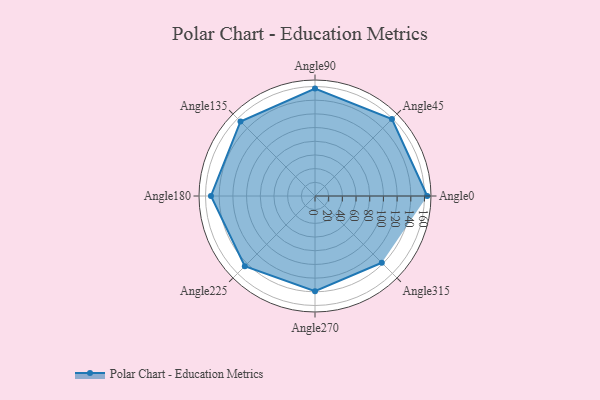
{"axis": {"x": "Angle", "y": "Radius"}, "legend": [""], "data": [{"x": "Angle0", "y": 164.0, "type": ""}, {"x": "Angle45", "y": 159.0, "type": ""}, {"x": "Angle90", "y": 157.0, "type": ""}, {"x": "Angle135", "y": 154.0, "type": ""}, {"x": "Angle180", "y": 152.0, "type": ""}, {"x": "Angle225", "y": 145.0, "type": ""}, {"x": "Angle270", "y": 139.0, "type": ""}, {"x": "Angle315", "y": 138.0, "type": ""}]}